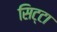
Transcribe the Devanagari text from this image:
सिट्टा